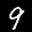
Label: 9